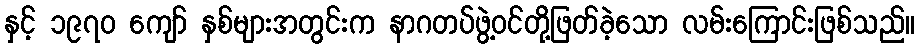
နှင့် ၁၉၇၀ ကျော် နှစ်များအတွင်းက နာဂတပ်ဖွဲ့ဝင်တို့ဖြတ်ခဲ့သော လမ်းကြောင်းဖြစ်သည်။